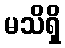
မသိရှိ